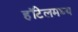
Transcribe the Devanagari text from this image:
हॉटेलमध्य